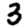
Digit: 3